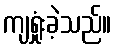
ကျရှုံးခဲ့သည်။